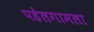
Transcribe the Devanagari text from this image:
पहेलगामला